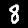
Digit: 8